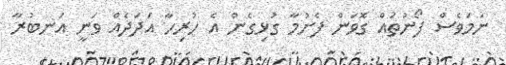
ނަމަވެސް ފޯނުތައް ގޮވަން ފެށުމާ ގުޅިގެން އެ ހުރިހާ އަދަދެއް ވަނީ އަނބުރާ